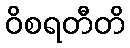
ဝိစရတီတိ